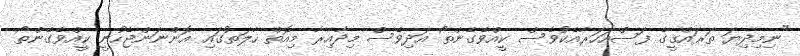
"ނިމިދިޔަ ތަރައްޤީގެ ފަސްއަހަރާއެކުވެސް ކީއްވެގެންތޯ އަދިވެސް މިދާއިރާ މިއޮތް ހާލަތުގައި އޮންނަންޖެހުނީ ކީއްވެގެންތޯ